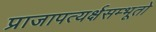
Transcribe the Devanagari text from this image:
प्राजापत्यर्क्षसम्भूतो